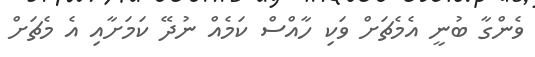
ވެންގާ ބުނީ އެމެޗަށް ވަކި ހާއްސް ކަމެއް ނުދޭ ކަމަށާއި އެ މެޗަށް